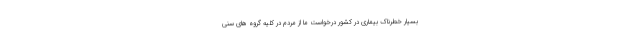
بسیار خطرناک بیماری در کشور درخواست ما از مردم در کلیه گروه های سنی